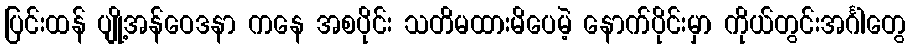
ပြင်းထန် ပျို့အန်ဝေဒနာ ကနေ အစပိုင်း သတိမထားမိပေမဲ့ နောက်ပိုင်းမှာ ကိုယ်တွင်းအင်္ဂါတွေ